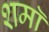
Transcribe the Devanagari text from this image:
शमॉ